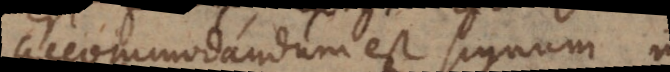
accomodandum est signum in